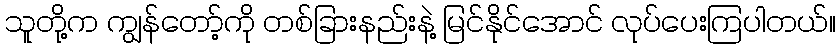
သူတို့က ကျွန်တော့်ကို တစ်ခြားနည်းနဲ့ မြင်နိုင်အောင် လုပ်ပေးကြပါတယ်။